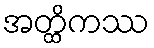
အတ္ထိကဿ